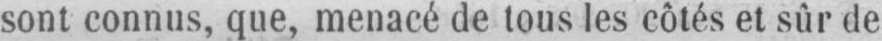
sont connus, que, menacé de tous les côtés et sûr de